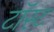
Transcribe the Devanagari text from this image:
टॉस्ट